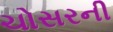
ચોસરની